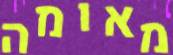
מאומה